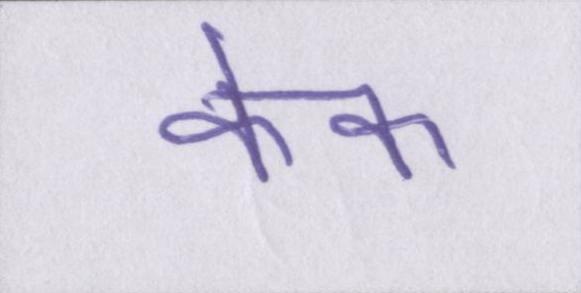
केक